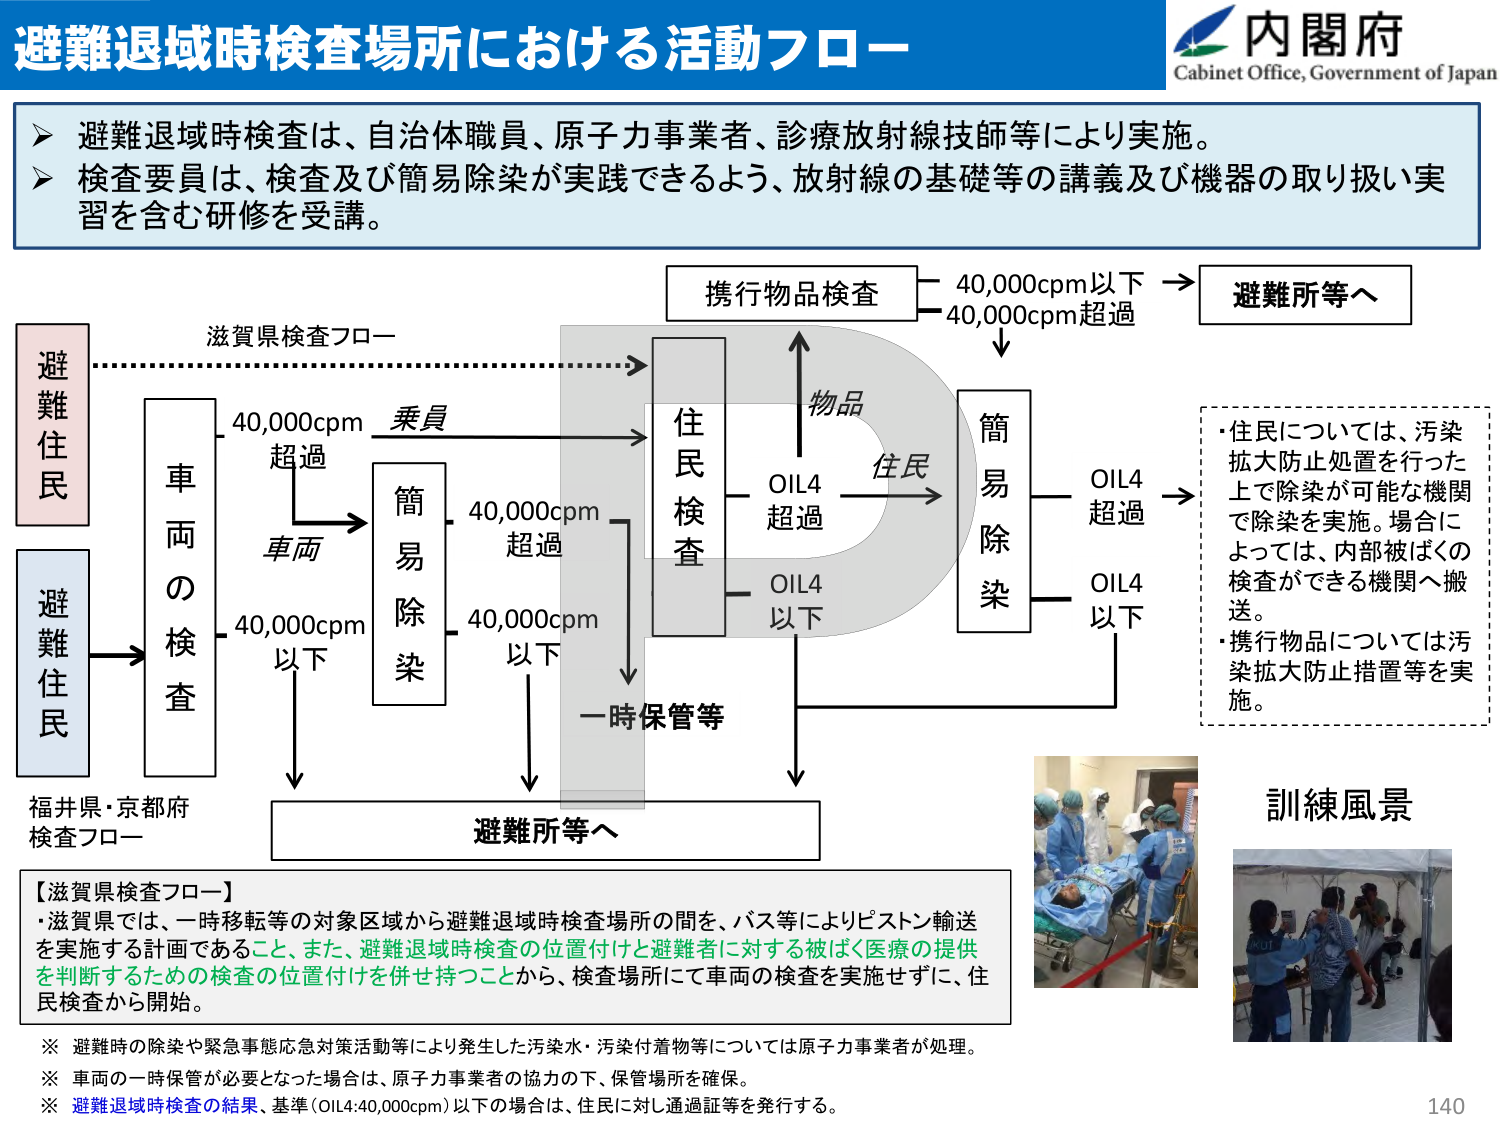
避難退域時検査場所における活動フロー
内閣府
Cabinet Office, Government of Japan

➤ 避難退域時検査は、自治体職員、原子力事業者、診療放射線技師等により実施。
➤ 検査要員は、検査及び簡易除染が実践できるよう、放射線の基礎等の講義及び機器の取り扱い実習を含む研修を受講。

携行物品検査
40,000cpm以下 → 避難所等へ
40,000cpm超過 ↓

滋賀県検査フロー
避難住民
車両の検査
40,000cpm超過 → 乗員 → 住民検査
40,000cpm以下 → 車両 → 簡易除染
40,000cpm超過 → 簡易除染
40,000cpm以下 → 一時保管等

物品
OIL4超過 → 簡易除染
OIL4以下 → 避難所等へ

住民
OIL4超過 → 簡易除染
OIL4以下 → 避難所等へ

・住民については、汚染拡大防止処置を行った上で除染が可能な機関で除染を実施。場合によっては、内部被ばくの検査ができる機関へ搬送。
・携行物品については汚染拡大防止措置等を実施。

訓練風景

福井県・京都府
検査フロー
避難所等へ

【滋賀県検査フロー】
・滋賀県では、一時移転等の対象区域から避難退域時検査場所の間を、バス等によりピストン輸送を実施する計画であること、また、避難退域時検査の位置付けと避難者に対する被ばく医療の提供を判断するための検査の位置付けを併せ持つことから、検査場所にて車両の検査を実施せずに、住民検査から開始。

※ 避難時の除染や緊急事態応急対策活動等により発生した汚染水・汚染付着物等については原子力事業者が処理。
※ 車両の一時保管が必要となった場合は、原子力事業者の協力の下、保管場所を確保。
※ 避難退域時検査の結果、基準（OIL4:40,000cpm）以下の場合は、住民に対し通過証等を発行する。

140